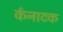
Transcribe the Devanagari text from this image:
र्कनाटक